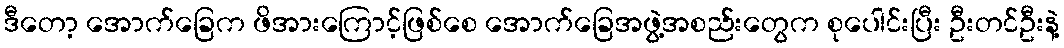
ဒီတော့ အောက်ခြေက ဖိအားကြောင့်ဖြစ်စေ အောက်ခြေအဖွဲ့အစည်းတွေက စုပေါင်းပြီး ဦးတင်ဦးနဲ့